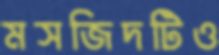
মসজিদটিও